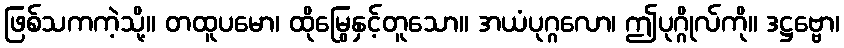
ဖြစ်သကကဲ့သို့။ တထူပမော၊ ထိုမြွေနှင့်တူသော။ အယံပုဂ္ဂလော၊ ဤပုဂ္ဂိုလ်ကို။ ဒဋ္ဌဗ္ဗော၊